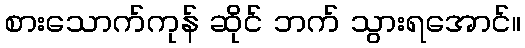
စားသောက်ကုန် ဆိုင် ဘက် သွားရအောင်။